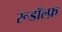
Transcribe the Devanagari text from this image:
रूडॉल्फ़